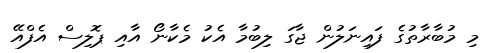
މި މުބާރާތުގެ ފައިނަލުން ޖާގަ ލިބުމާ އެކު މެކާނޯ އާއި ޕޮލިސް އެފްއޭ